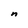
Character: n